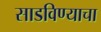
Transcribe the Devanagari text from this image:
साडविण्याचा